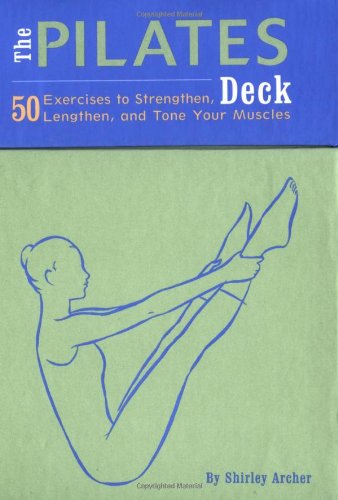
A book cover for The Pilates Deck; Shirley Archer; Health, Fitness & Dieting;